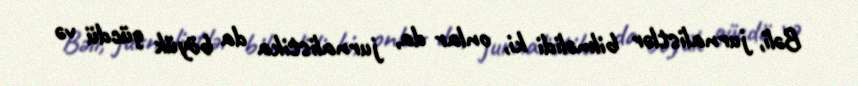
Bəli, jurnalistlər bilməlidi ki, onlar da, jurnalistika da böyük gücdü və